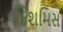
કિશમિસ